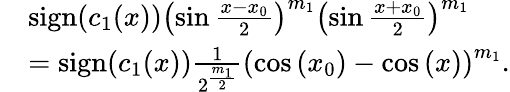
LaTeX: \begin{array}{rl}&{\operatorname{sign}(c_{1}(x))\left(\sin{\frac{x-x_{0}}{2}}\right)^{m_{1}}\left(\sin{\frac{x+x_{0}}{2}}\right)^{m_{1}}}\\ &{=\operatorname{sign}(c_{1}(x))\frac{1}{2^{\frac{m_{1}}{2}}}\left(\cos{(x_{0})}-\cos{(x)}\right)^{m_{1}}.}\end{array}